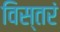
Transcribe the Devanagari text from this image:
विस्तरं